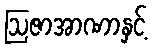
ဩဇာအာဏာနှင့်